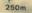
250m